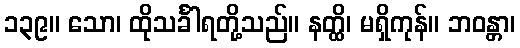
၁၃၉။ သော၊ ထိုသင်္ခါရတို့သည်။ နတ္ထိ၊ မရှိကုန်။ ဘဝန္တာ၊